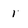
Character: 1